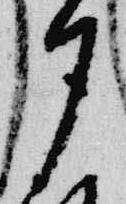
夕